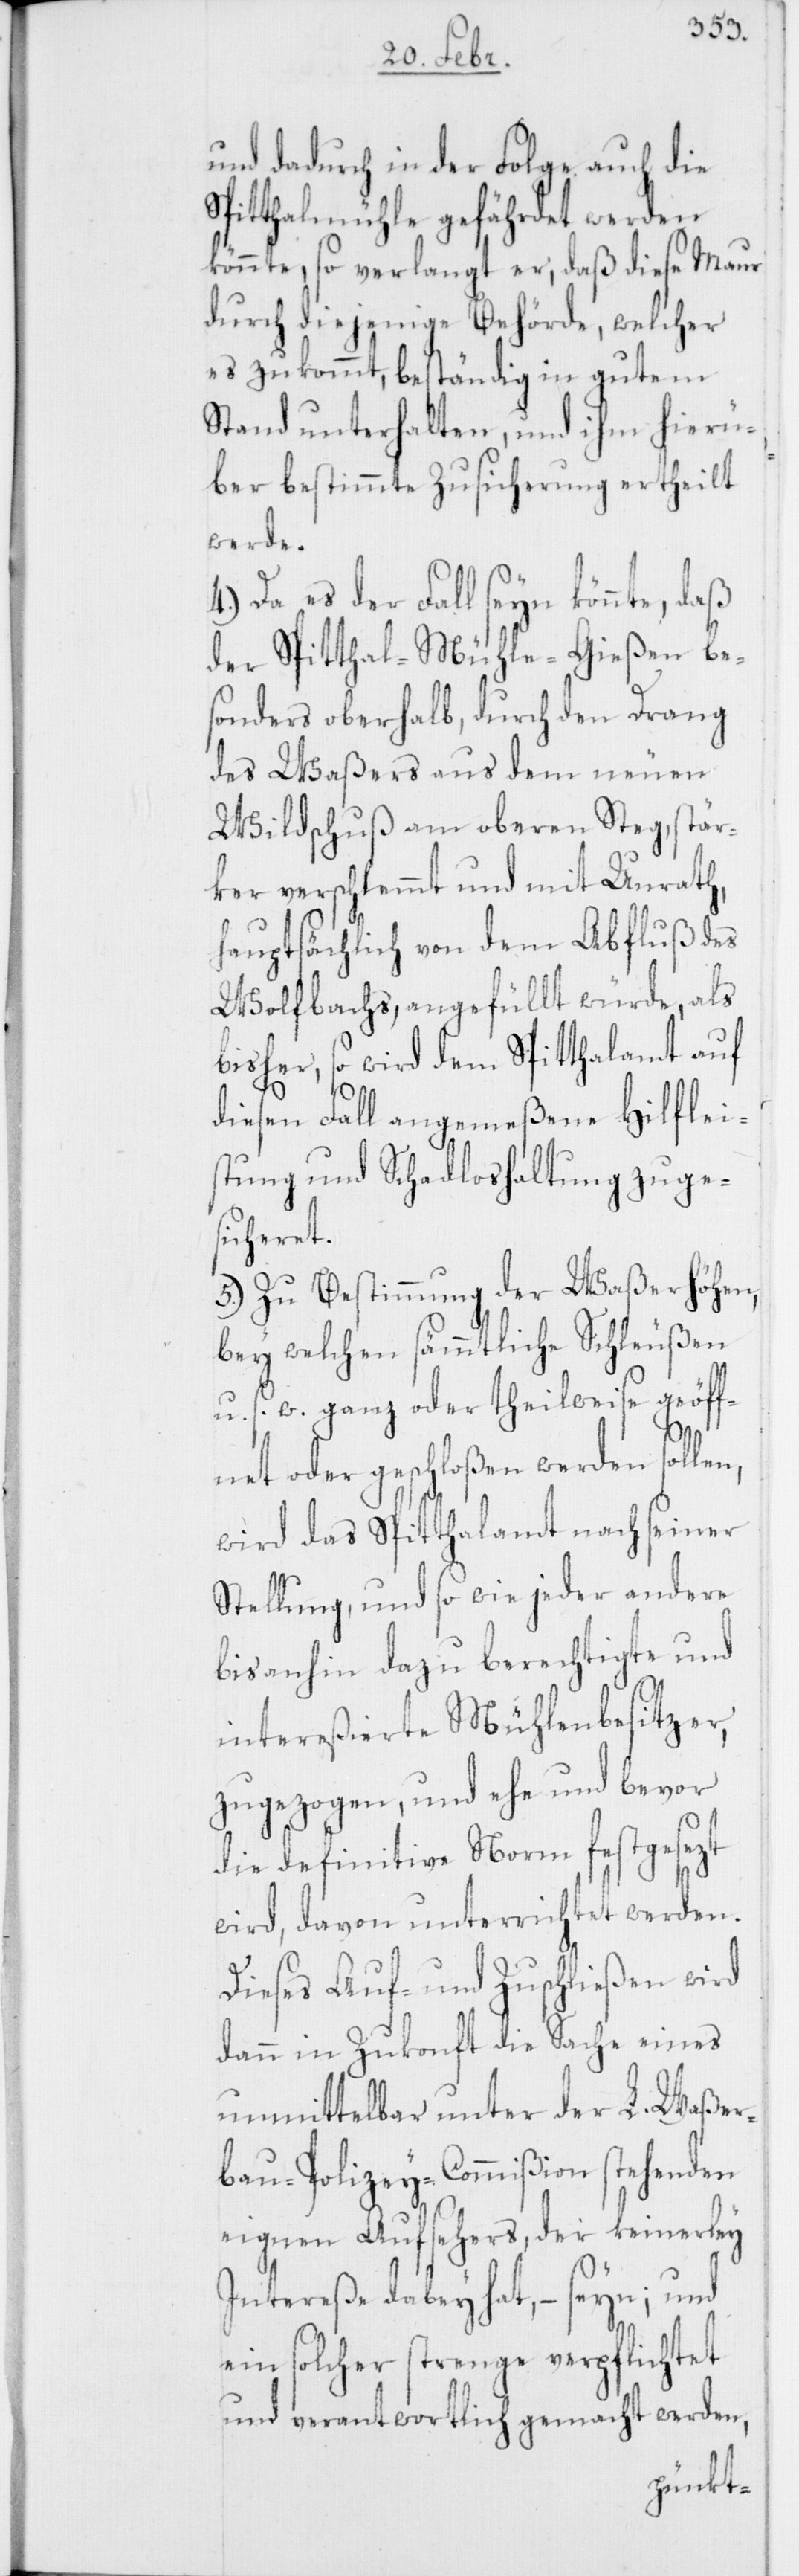
und dadurch in der Folge auch die
Spitthalmühle gefährdet werden
könnte, so verlangt er, daß diese Maur
durch diejenige Behörde, welcher
es zukommt, beständig in gutem
Stand unterhalten, und ihm hierü¬
ber bestimmte Zusicherung ertheilt
werde.
4.) Da es der Fall seyn könnte, daß
der Spitthal-Mühle-Gießen be¬
sonders oberhalb, durch den Drang
des Waßers aus dem neuen
Wildschuß am oberen Steg, stär¬
ker verschlemmt und mit Unrath,
hauptsächlich von dem Abfluß des
Wolfbachs, angefüllt würde, als
bisher, so wird dem Spitthalamt auf
diesen Fall angemeßene Hilflei¬
stung und Schadloshaltung zuge¬
sicheret.
5.) Zu Bestimmung der Waßerhöhen,
bey welchen sämmtliche Schleusen
u. s. w. ganz oder theilweise geöff¬
net oder geschloßen werden sollen,
wird das Spitthalamt nach seiner
Stellung, und so wie jeder andere
bis anhin dazu berechtigte und
intereßierte Mühlenbesitzer,
zugezogen, und ehe und bevor
die definitive Norm festgesezt
wird, davon unterrichtet werden.
Dieses Auf- und Zuschließen wird
dann in Zukunft die Sache eines
unmittelbar unter der L. Waßer¬
bau-Polizey-Commißion stehenden
eignen Aufsehers, der keinerley
Intereße dabey hat, – seyn; und
ein solcher strenge verpflichtet
und verantwortlich gemacht werden,